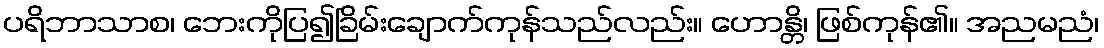
ပရိဘာသာစ၊ ဘေးကိုပြ၍ခြိမ်းချောက်ကုန်သည်လည်း။ ဟောန္တိ၊ ဖြစ်ကုန်၏။ အညမညံ၊